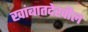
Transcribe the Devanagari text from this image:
खांबातदेखील